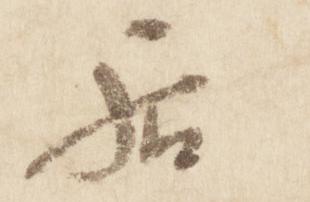
居